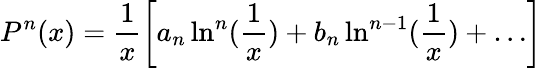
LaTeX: P^{n}(x)=\frac{1}{x}\left[a_{n}\ln^{n}(\frac{1}{x})+b_{n}\ln^{n-1}(\frac{1}{x})+\ldots\right]